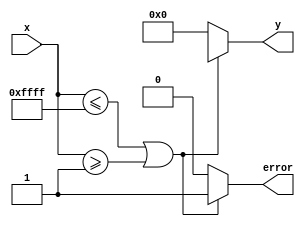
module atanh (
    input signed [15:0] x, // 16-bit signed fixed-point input (example: Q1.15)
    output reg signed [15:0] y, // 16-bit signed fixed-point output
    output reg error // Error signal for input out of range
);

    wire signed [15:0] one_plus_x;
    wire signed [15:0] one_minus_x;
    wire signed [31:0] z; // Intermediate calculation for division (wider to avoid overflow)
    wire signed [15:0] ln_z; // Logarithm of z (this should be a function or lookup table)
    
    // Pre-compute 1 + x and 1 - x
    assign one_plus_x = x + 16'h0001; // 1 in Q1.15
    assign one_minus_x = 16'h0001 - x; // 1 in Q1.15

    always @(*) begin
        // Range checking
        if (x <= -16'h0001 || x >= 16'h0001) begin
            error = 1'b1; // Signal error
            y = 16'hx; // Undefined output on error
        end else begin
            error = 1'b0; // No error

            // Division: z = (1 + x) / (1 - x); Note: z will be in Q1.15 but may need to handle larger ranges
            z = one_plus_x * (16'h0001 / one_minus_x); // Simple division approximation
            
            // Calculate the natural logarithm (this could also be a function or LUT)
            ln_z = natural_log(z); // Placeholder for natural log calculation
            
            // Final calculation y = 1/2 * ln(z)
            y = ln_z >>> 1; // Right shift to divide by 2
        end
    end

    // Placeholder function for natural logarithm calculation (you need to implement this)
    function signed [15:0] natural_log(input signed [31:0] val);
        // Implement a natural logarithm approximation or use a lookup table.
        // For demonstration purposes, just return a fixed value.
        natural_log = 16'h0000; // This is just a placeholder; actual implementation needed.
    endfunction

endmodule